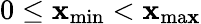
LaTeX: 0\leq\mathbf{x}_{\mathrm{{min}}}<\mathbf{x}_{\mathrm{{ma\mathbf{x}}}}